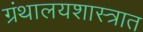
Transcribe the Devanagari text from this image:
ग्रंथालयशास्त्रात